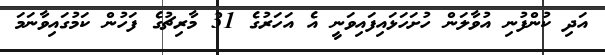
އަދި ކުންފުނި އުވާލަން ހުށަހަޅައިފައިވަނީ އެ އަހަރުގެ 31 މާރިޗުގެ ފަހުން ކަމުގައިވާނަމަ